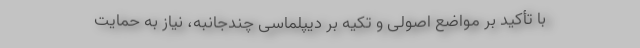
با تأکید بر مواضع اصولی و تکیه بر دیپلماسی چندجانبه، نیاز به حمایت